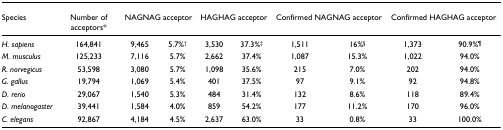
| Species | Number of acceptors* | <COLSPAN=2> NAGNAG acceptor | <COLSPAN=2> HAGHAG acceptor | <COLSPAN=2> Confirmed NAGNAG acceptor | <COLSPAN=2> Confirmed HAGHAG acceptor |
 | --- | --- | --- | --- | --- | --- | --- | --- | --- | --- |
 | H. sapiens | 164,841 | 9,465 | 5.7%† | 3,530 | 37.3%‡ | 1,511 | 16%§ | 1,373 | 90.9%¶ |
 | M. musculus | 125,233 | 7,116 | 5.7% | 2,662 | 37.4% | 1,087 | 15.3% | 1,022 | 94.0% |
 | R. norvegicus | 53,598 | 3,080 | 5.7% | 1,098 | 35.6% | 215 | 7.0% | 202 | 94.0% |
 | G. gallus | 19,794 | 1,069 | 5.4% | 401 | 37.5% | 97 | 9.1% | 92 | 94.8% |
 | D. rerio | 29,067 | 1,540 | 5.3% | 484 | 31.4% | 132 | 8.6% | 118 | 89.4% |
 | D. melanogaster | 39,441 | 1,584 | 4.0% | 859 | 54.2% | 177 | 11.2% | 170 | 96.0% |
 | C. elegans | 92,867 | 4,184 | 4.5% | 2,637 | 63.0% | 33 | 0.8% | 33 | 100.0% |